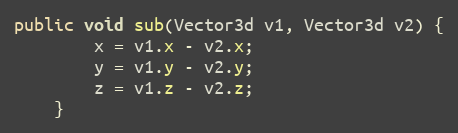
Language: Java
public void sub(Vector3d v1, Vector3d v2) {
        x = v1.x - v2.x;
        y = v1.y - v2.y;
        z = v1.z - v2.z;
    }